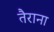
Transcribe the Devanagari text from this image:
तैराना